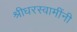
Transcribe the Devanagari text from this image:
श्रीधरस्वामींनी